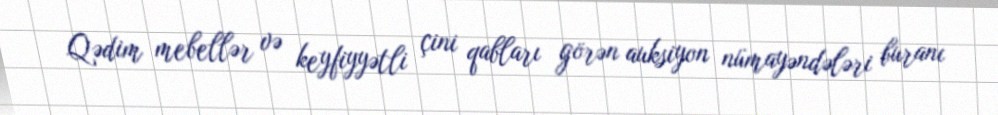
Qədim mebellər və keyfiyyətli çini qabları görən auksiyon nümayəndələri buranı